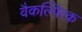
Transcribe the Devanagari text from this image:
वैकल्पित्क